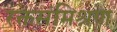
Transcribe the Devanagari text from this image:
रक्तसंमिश्रण